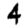
Digit: 4